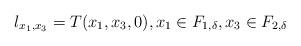
LaTeX: \begin{align*}l_{x_1,x_3}=T(x_1,x_3,0), x_1\in F_{1,\delta}, x_3\in F_{2,\delta}\end{align*}